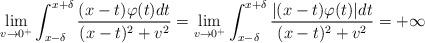
LaTeX: \begin{align*}\lim_{v\to 0^+}\int_{x-\delta}^{x+\delta}\frac{(x-t)\varphi(t)dt}{(x-t)^2+v^2}=\lim_{v\to 0^+}\int_{x-\delta}^{x+\delta}\frac{\vert (x-t)\varphi(t)\vert dt}{(x-t)^2+v^2}=+\infty\end{align*}